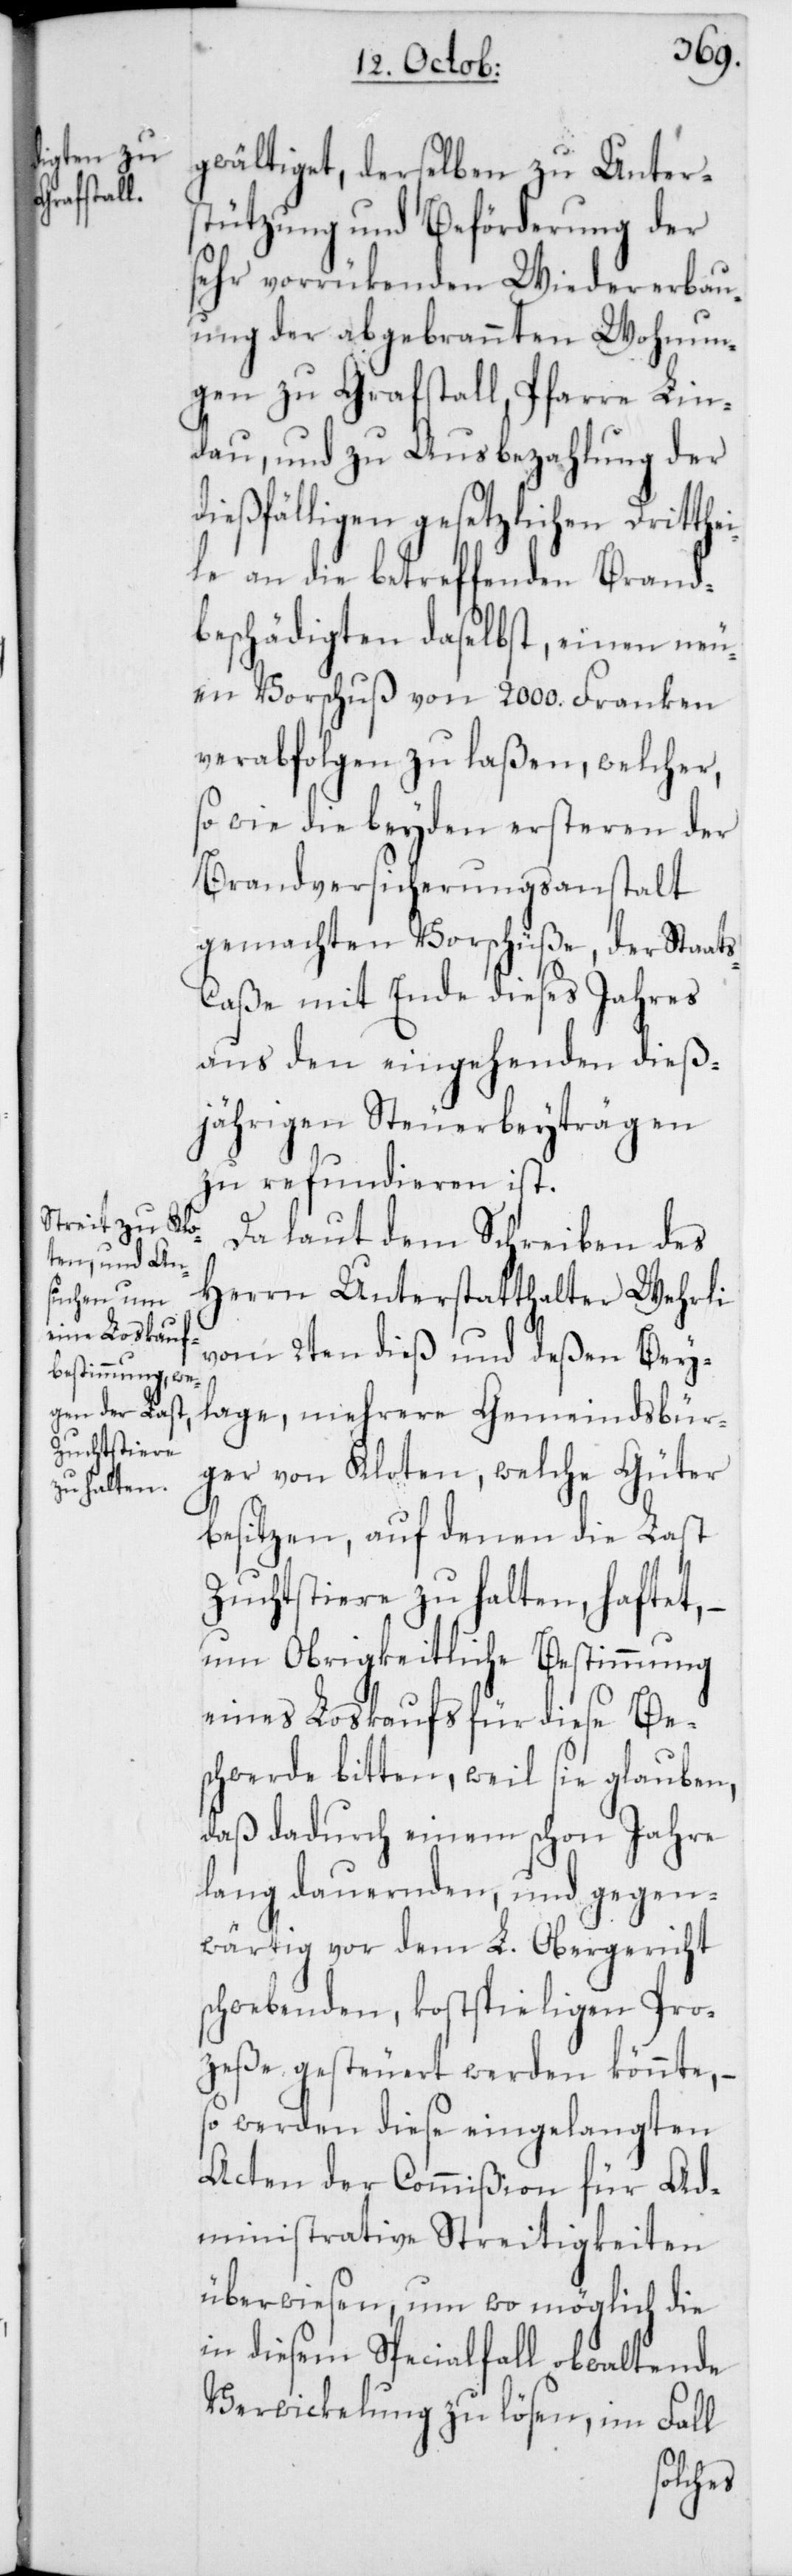
gwältiget, derselben zu Unters¬
tützung und Beförderung der
sehr vorrükenden Wiedererbau¬
ung der abgebrannten Wohnun¬
gen zu Grafstall, Pfarre Lin¬
dau, und zu Ausbezahlung der
dießfälligen gesetzlichen Dritthei¬
le an die betreffenden Brand¬
beschädigten daselbst, einen neu¬
en Vorschuß von 2000. Franken
verabfolgen zu laßen, welcher,
so wie die beyden ersteren der
Brandversichungsanstalt
gemachten Vorschüße, der Staat¬
s-Caße mit Ende dieses Jahres
aus den eingehenden dieß¬
jährigen Steuerbeyträgen
zu refundieren ist.
Da laut dem Schreiben des
Herrn Unterstatthalter Wehrli
vom 2ten dieß und deßen Bey¬
lage, mehrere Gemeindsbür¬
ger von Kloten, welche Güter
besitzen, auf denen die Last
Zuchtstiere zu halten, haftet, –
um Obrigkeitliche Bestimmung
eines Loskaufs für diese Be¬
schwerde bitten, weil sie glauben,
daß dadurch einem schon Jahre
lang dauernden, und gegen¬
wärtig vor dem L. Obergericht
schwebenden, kostspieligen Pro¬
zeße gesteuert werden könnte, –
so werden diese eingelangten
Acten der Commißion für Ad¬
ministrative Streitigkeiten
überwiesen, um wo möglich die
in diesem Specialfall obwaltende
Verwickelung zu lösen, im Fall